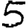
Digit: 5